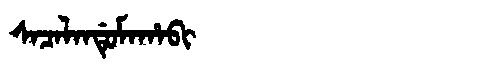
Manchu: ᠰᠠᠴᠠᠯᠠᠨᡩᡠᠮᠠᡥᠠᠪᡳ
Romanization: SACALANDUMAHABI